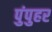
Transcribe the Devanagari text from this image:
पुंपुहर